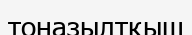
тоңазылтқыш